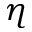
\eta